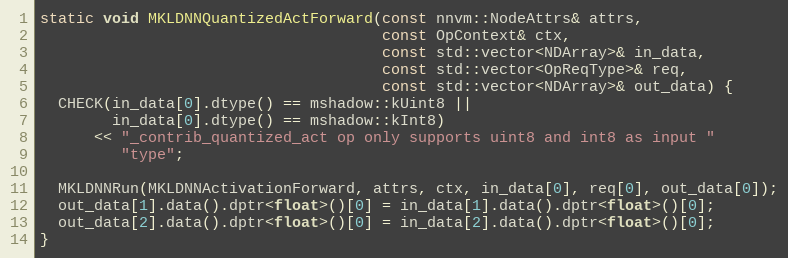
Language: C++
static void MKLDNNQuantizedActForward(const nnvm::NodeAttrs& attrs,
                                      const OpContext& ctx,
                                      const std::vector<NDArray>& in_data,
                                      const std::vector<OpReqType>& req,
                                      const std::vector<NDArray>& out_data) {
  CHECK(in_data[0].dtype() == mshadow::kUint8 ||
        in_data[0].dtype() == mshadow::kInt8)
      << "_contrib_quantized_act op only supports uint8 and int8 as input "
         "type";

  MKLDNNRun(MKLDNNActivationForward, attrs, ctx, in_data[0], req[0], out_data[0]);
  out_data[1].data().dptr<float>()[0] = in_data[1].data().dptr<float>()[0];
  out_data[2].data().dptr<float>()[0] = in_data[2].data().dptr<float>()[0];
}